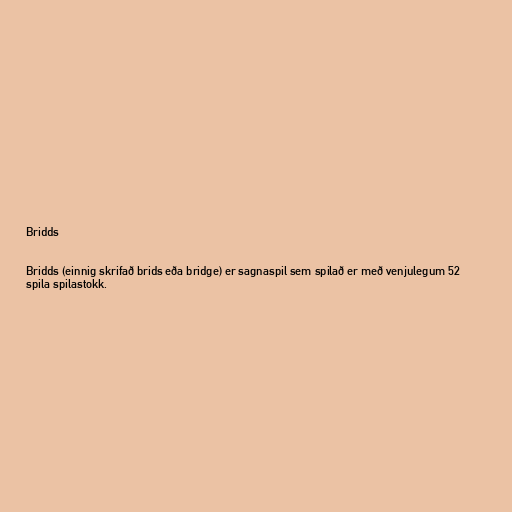
Bridds

Bridds (einnig skrifað brids eða bridge) er sagnaspil sem spilað er með venjulegum 52
spila spilastokk.